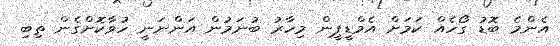
އެންމެ ބޮޑު ގޯހެއް ކަމަށް އެމްޑީޕީން މިހާރު ބުނަމުން އަންނަނީ ހުވާކޮށްގެން ތިބި